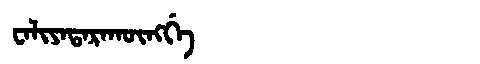
Manchu: ᠸᠠᠯᡳᠶᠠᡨᠠᡵᠠᡴᡡᠩᡤᡝ
Romanization: WALIYATARAKŪNGGE